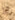
لا